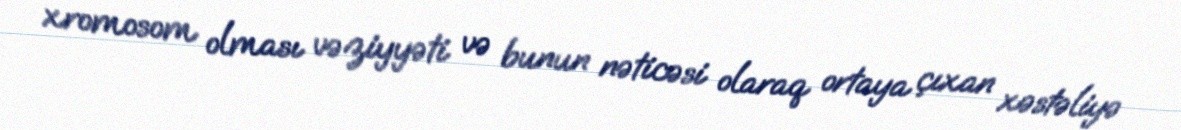
xromosom olması vəziyyəti və bunun nəticəsi olaraq ortaya çıxan xəstəliyə